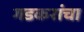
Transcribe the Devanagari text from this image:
गडकरांचा